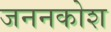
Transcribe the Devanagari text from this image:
जननकोश